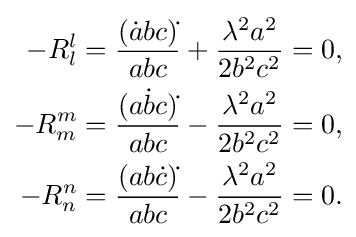
{\begin{aligned}-R_{l}^{l}&={\frac {({\dot {a}}bc){\dot {}}}{abc}}+{\frac {\lambda ^{2}a^{2}}{2b^{2}c^{2}}}=0,\\-R_{m}^{m}&={\frac {(a{\dot {b}}c){\dot {}}}{abc}}-{\frac {\lambda ^{2}a^{2}}{2b^{2}c^{2}}}=0,\\-R_{n}^{n}&={\frac {(ab{\dot {c}}){\dot {}}}{abc}}-{\frac {\lambda ^{2}a^{2}}{2b^{2}c^{2}}}=0.\\\end{aligned}}